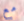
مع